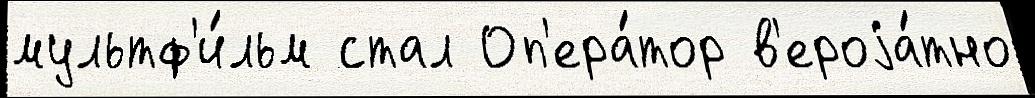
мультф'и́льм стал Оп'ера́тор в'ероjа́тно